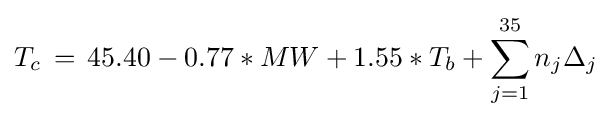
T_{c}\,=\,45.40-0.77*MW+1.55*T_{b}+\sum _{j=1}^{35}n_{j}\Delta _{j}